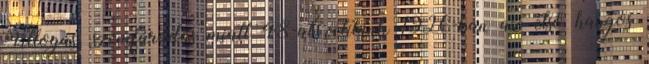
Villogás, szemfáradás miatt 48-at vetítünk 1926-ban az első hangos